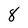
Character: 8